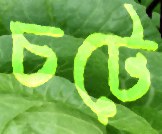
চটে